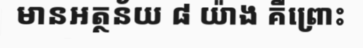
មានអត្ថន័យ ៨ យ៉ាង គឺព្រោះ